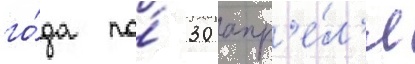
го́да по́ 30 апр'е́л'я